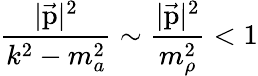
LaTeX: {\frac{\vert\vec{\mathrm{p}}\vert^{2}}{k^{2}-m_{a}^{2}}}\sim{\frac{\vert\vec{\mathrm{p}}\vert^{2}}{m_{\rho}^{2}}}<1